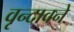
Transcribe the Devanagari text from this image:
वृन्दावने